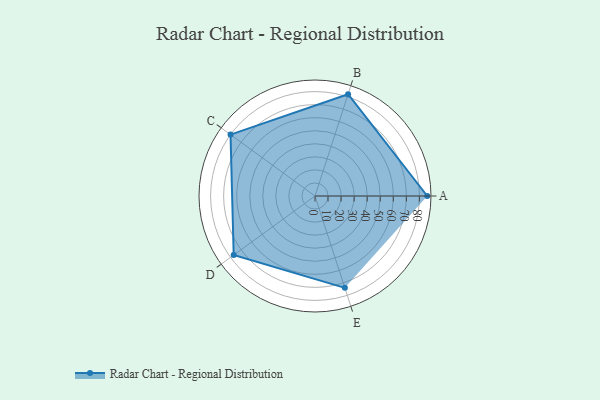
{"axis": {"x": "Skill", "y": "Score"}, "legend": ["Profile"], "data": [{"x": "A", "y": 86.0, "type": "Profile"}, {"x": "B", "y": 82.0, "type": "Profile"}, {"x": "C", "y": 80.0, "type": "Profile"}, {"x": "D", "y": 77.0, "type": "Profile"}, {"x": "E", "y": 74.0, "type": "Profile"}]}